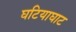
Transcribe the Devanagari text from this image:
घटियाघाट